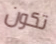
تكون